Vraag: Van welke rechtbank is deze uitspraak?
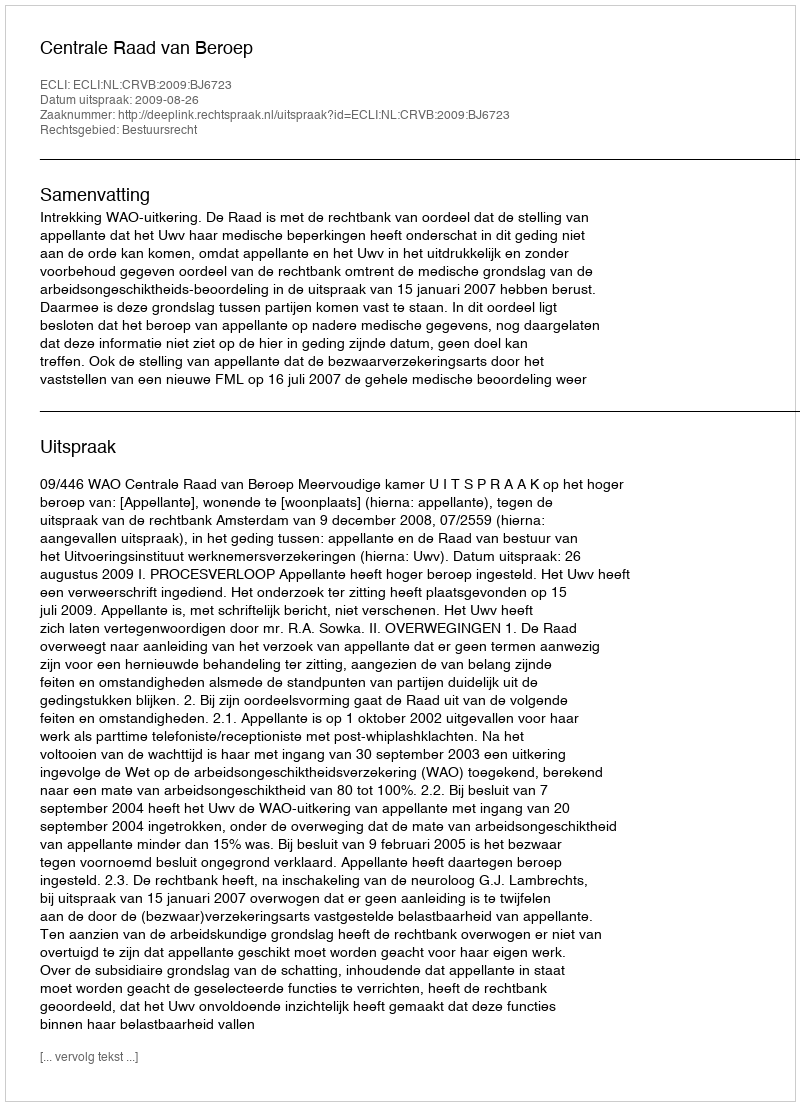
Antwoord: Centrale Raad van Beroep